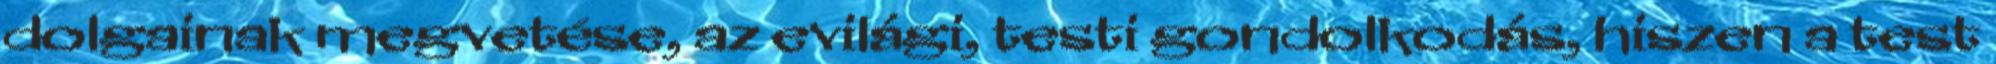
dolgainak megvetése, az evilági, testi gondolkodás, hiszen a test